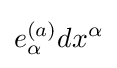
e_{\alpha }^{(a)}dx^{\alpha }